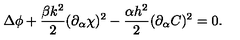
\Delta \phi + \frac { \beta k ^ { 2 } } { 2 } ( \partial _ { \alpha } \chi ) ^ { 2 } - \frac { \alpha h ^ { 2 } } { 2 } ( \partial _ { \alpha } C ) ^ { 2 } = 0 .